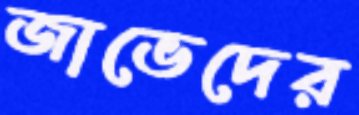
জাভেদের